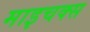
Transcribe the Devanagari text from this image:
माइचक्स